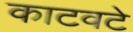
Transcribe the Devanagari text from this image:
काटवटे